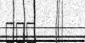
١٥٩